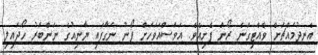
އެނދުމައްޗަށް ވެއްޓިގަނެ ރޯން ފެށިއެވެ. އަވަސްއަވަހަށް ފޯނު ނަގާފައި ޔާނިއުގެ ނަންބަރު ހޯދައިލި